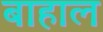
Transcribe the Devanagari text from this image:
बाहाल